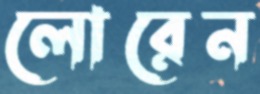
লোরেন